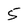
Character: 5